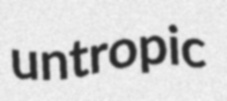
untropic